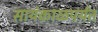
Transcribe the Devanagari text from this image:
सायंकाळपर्यंत